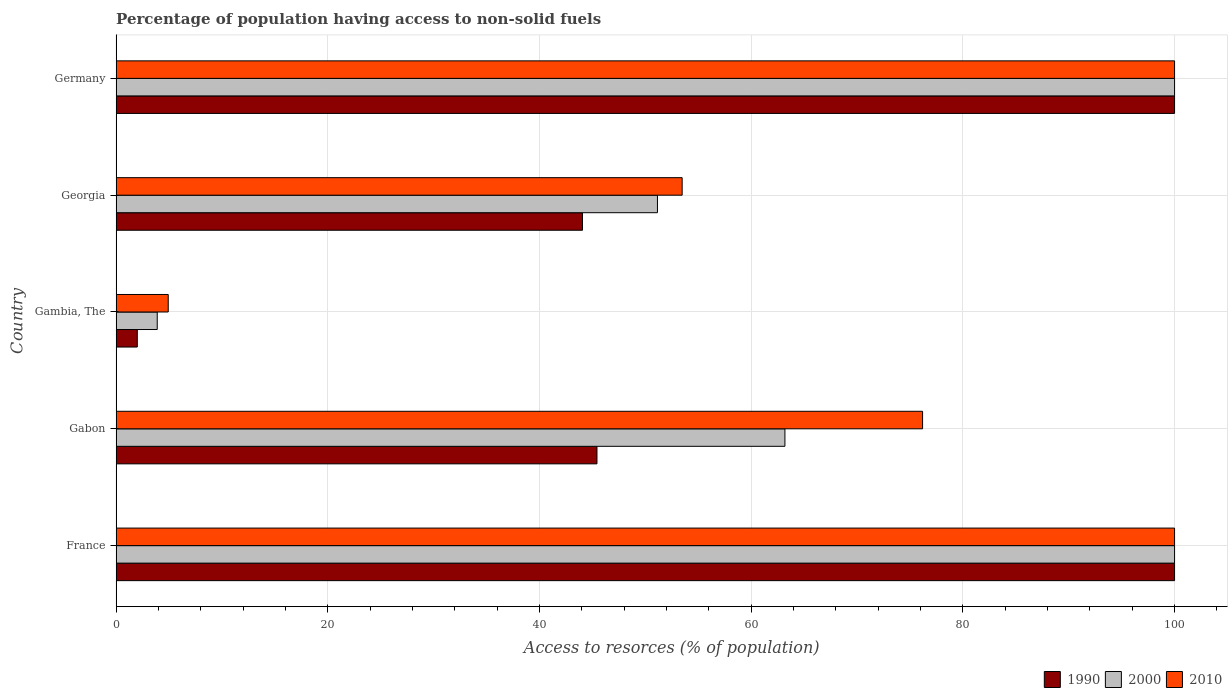
| Country | 1990 | 2000 | 2010 |
 | --- | --- | --- | --- |
 | France | 100 | 100 | 100 |
 | Gabon | 45.4 | 63.2 | 76.2 |
 | Gambia, The | 2 | 3.88 | 4.92 |
 | Georgia | 44.1 | 51.1 | 53.5 |
 | Germany | 100 | 100 | 100 |